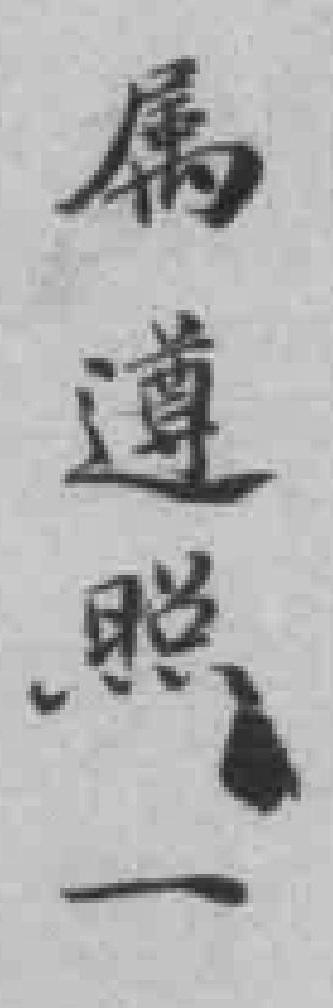
属遵照一